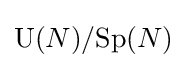
\mathrm {U} (N)/\mathrm {Sp} (N)